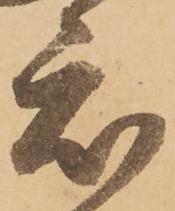
度